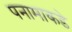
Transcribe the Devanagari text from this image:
पनामाकडे